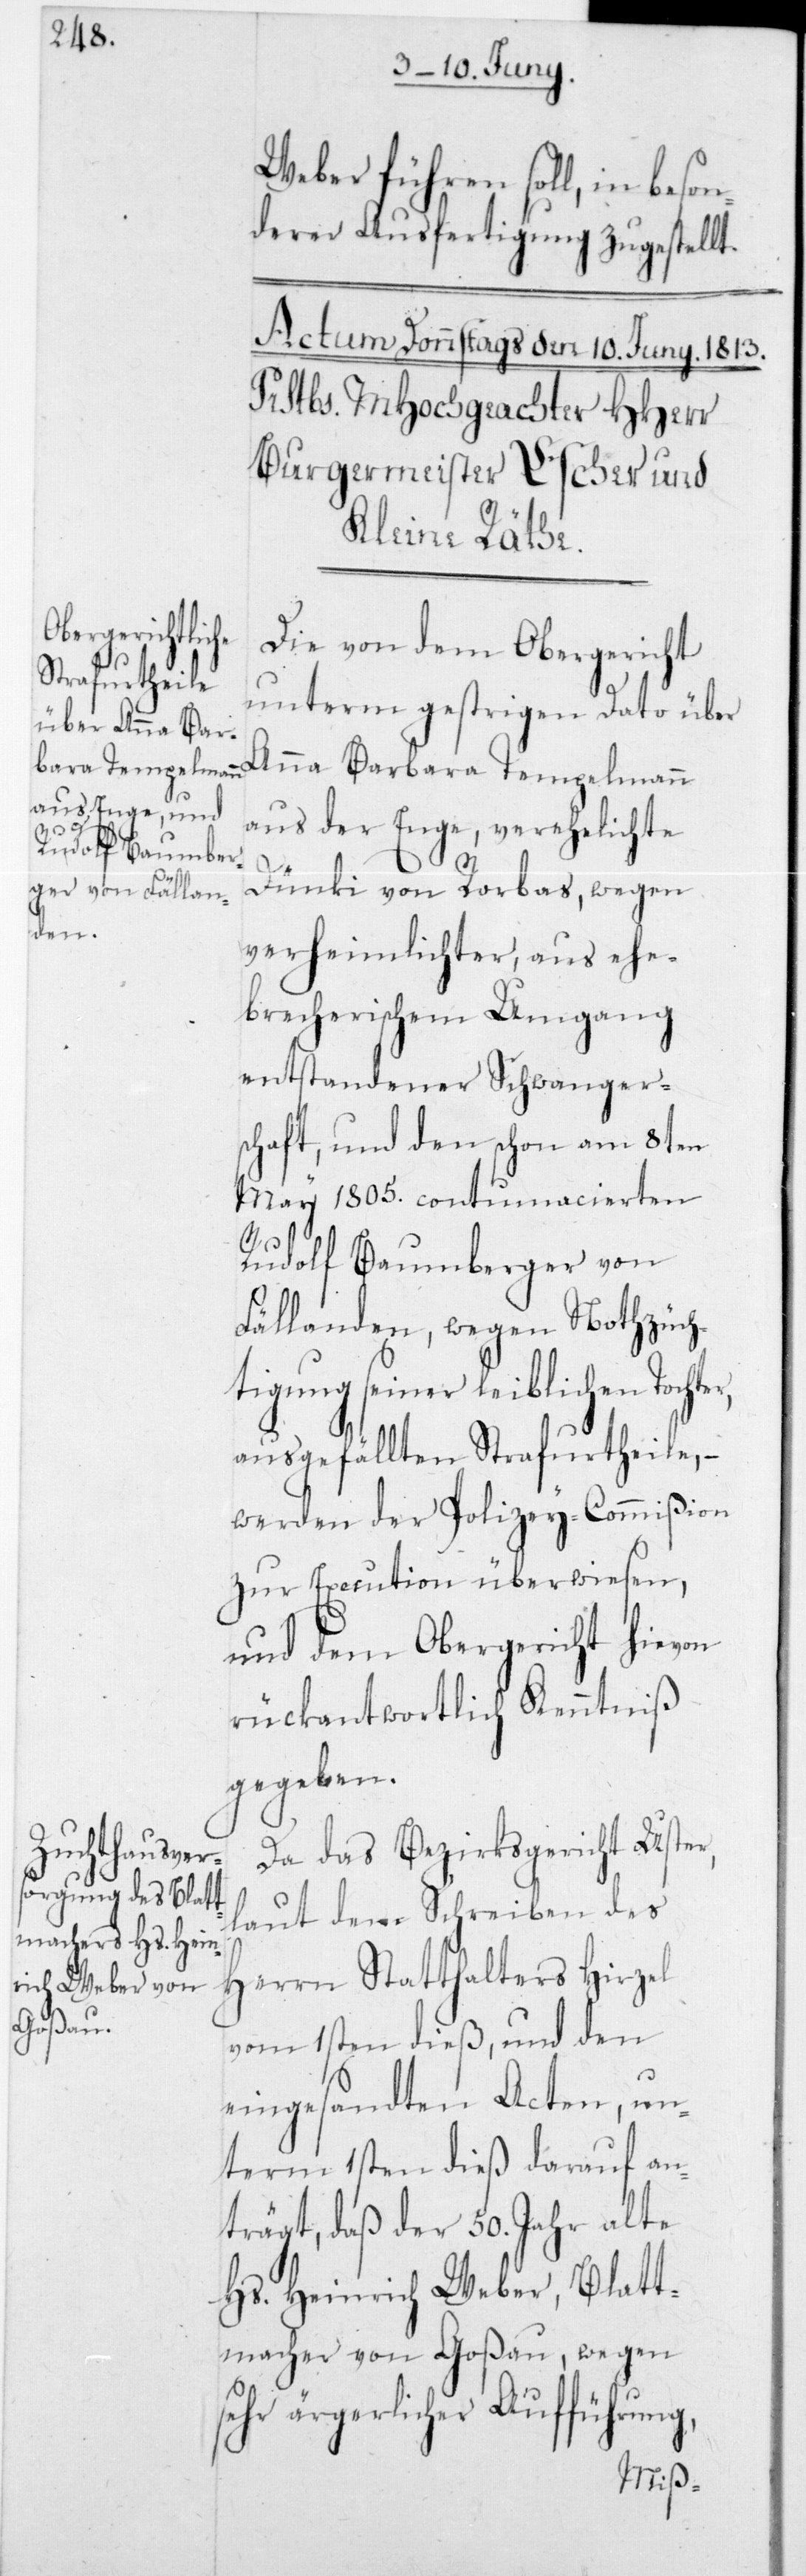
er,

Weber führen soll, in beson¬
derer Ausfertigung zugestellt.
Die von dem Obergericht
unterm gestrigen Dato über
Anna Barbara Tempelmann
aus der Enge, verehelichte
Dünki von Rorbas, wegen
verheimlichter, aus ehe¬
brecherischem Umgang
entstandener Schwanger¬
schaft, und den schon am 8ten
May 1805 contumacierten
Rudolf Baumberger von
Fällanden, wegen Notzüch¬
tigung seiner leiblichen Tocht¬
ausgefällten Strafurtheile, –
werden der Polizey-Commißion
zur Execution überwiesen,
und dem Obergericht hievon
rückantwortlich Kenntniß
gegeben.
Da das Bezirksgericht Uster,
laut dem Schreiben des
Herrn Statthalters Hirzel
vom 1sten dieß, und den
eingesandten Acten, un¬
term 1sten dieß darauf an¬
trägt, daß der 50 Jahr alte
Hs. Heinrich Weber, Blatt¬
macher von Goßau, wegen
sehr ärgerlicher Aufführung,